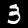
Digit: 3